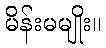
မိန်းမမျိုး။